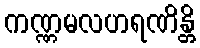
ကဏ္ဏမလဟရဏိန္တိ